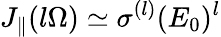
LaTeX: J_{\parallel}(l\Omega)\simeq\sigma^{(l)}(E_{0})^{l}